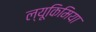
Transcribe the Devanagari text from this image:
ल्यूकिमिया